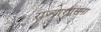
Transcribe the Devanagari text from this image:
राज्याशासना